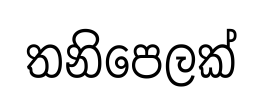
තනිපෙලක්